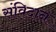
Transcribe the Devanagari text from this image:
संविदान